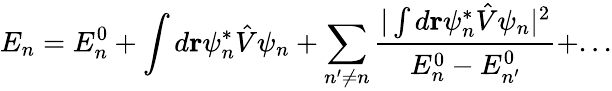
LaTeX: E_{n}=E_{n}^{0}+\int d\mathbf{r}\psi_{n}^{*}{\hat{V}}\psi_{n}+\sum_{n^{\prime}\neq n}{\frac{|\int d\mathbf{r}\psi_{n}^{*}{\hat{V}}\psi_{n}|^{2}}{E_{n}^{0}-E_{n^{\prime}}^{0}}}+...